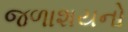
જળાશયનો